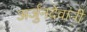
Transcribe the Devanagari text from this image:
अर्जुनदेवांनी